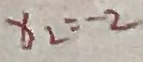
x _ { 2 } = - 2